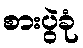
စားပွဲခုံ